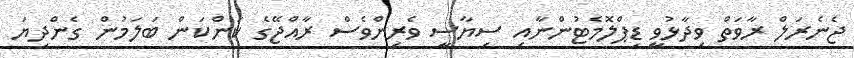
ޖެނެރަލް ރާވަތް ވިދާޅުވީ ޑިޕްލޮމެޓުންނާއި ސިޔާސީ ވެރިންވެސް ރާއްޖޭގެ ކަންކަން ބަލަމުން ގެންދިޔަ